system: You are a helpful assistant.
user:
Analyze the provided spectrum to determine if it is a **Carbon Star (C-type)**.

- **Key Visual Indicators of Carbon Star:**
    - **(Primary):** Strong molecular absorption from **C₂ (diatomic carbon) "Swan Bands."** This is the **defining feature** of a carbon star.
        - **(Key Bandheads):** Sharp absorption edges are visible at approximately $5635$ Å, $5165$ Å (the strongest band), and $4737$ Å.
        - **(Line Profile):** Creates a distinct **"saw-tooth"** pattern. The key morphology is a sharp, steep bandhead on the **red (long-wavelength) side**, which then gradually tapers off (i.e., flux recovers) towards the **blue (short-wavelength) side**. *(This is the direct opposite of the TiO bands seen in M-type stars)*.

    - **(Secondary):** Intense **CN (cyanogen)** molecular absorption bands.
        - **(Key Bandheads):** Located in the blue and violet regions of the spectrum (e.g., near $4215$ Å and $3883$ Å).
        - **(Morphology):** These bands are extremely broad and act as a "blanket," absorbing the vast majority of blue and violet light. This creates a characteristic **"cliff"** or **"steep drop-off"** in the spectrum's flux at short wavelengths.

    - **(Key Confirmation):** Strong **CH absorption band (G-band)**.
        - **(Key Bandhead):** Located around $4300$ Å. The contribution from CH molecules to this band is exceptionally strong.

    - **(Overall Spectrum):**
        - The continuum is severely "chopped up" by these deep molecular bands, especially C₂, rather than appearing as a smooth curve.
        - Due to the heavy CN and C₂ absorption in the blue-green, the vast majority of the star's flux is concentrated in the red part of the spectrum, giving the star its characteristic deep red color.

Think first, call **spectral_visualization_tool** if needed to examine features in detail, then provide your final answer. Your response must adhere to the following strict rules:
1.  **Overall Structure:** Your response must follow the format `<think>...</think> <tool_call>...</tool_call> (if a tool is used) <answer>...</answer>`.
2.  **Tool Usage Constraint:** You may only make **one** tool call per turn.
3.  **Final Answer Format:** In the `<answer>` tag, your conclusion must be inside a `\boxed{}` command (e.g., `\boxed{YES}`), followed by your justification.

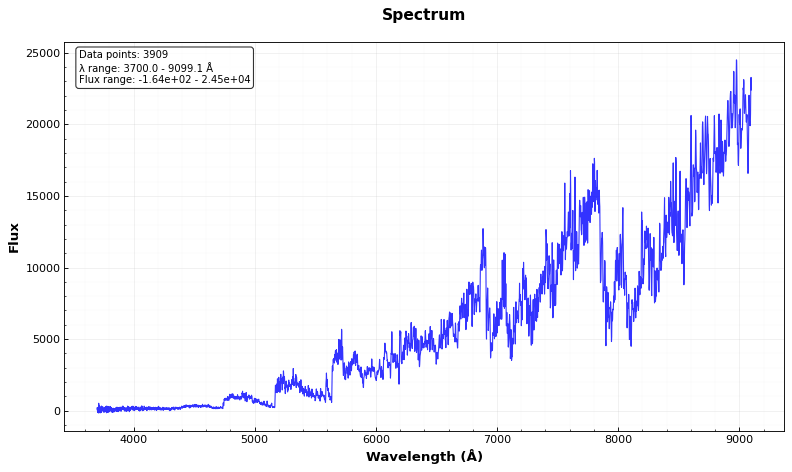
Answer: YES